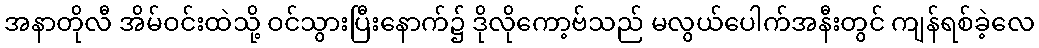
အနာတိုလီ အိမ်ဝင်းထဲသို့ ဝင်သွားပြီးနောက်၌ ဒိုလိုကော့ဗ်သည် မလွယ်ပေါက်အနီးတွင် ကျန်ရစ်ခဲ့လေ